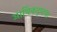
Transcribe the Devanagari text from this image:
आर्थिकदृष्टया